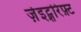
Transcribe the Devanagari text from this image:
ज़ेइट्शरिफ़्ट